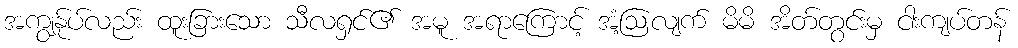
အကျွန်ုပ်လည်း ထူးခြားသော သီလရှင်၏ အမူ အရာကြောင့် အံ့ဩလျက် မိမိ အိတ်တွင်းမှ ငါးကျပ်တန်